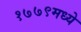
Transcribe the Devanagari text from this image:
१७७९मध्ये